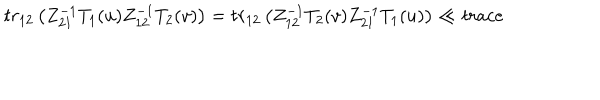
t r _ { 1 2 } \left( Z _ { 2 1 } ^ { - 1 } T _ { 1 } ( u ) Z _ { 1 2 } ^ { - 1 } T _ { 2 } ( v ) \right) = t r _ { 1 2 } \left( Z _ { 1 2 } ^ { - 1 } T _ { 2 } ( v ) Z _ { 2 1 } ^ { - 1 } T _ { 1 } ( u ) \right) \ll { t r a c e }